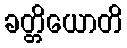
ခတ္တိယောတိ